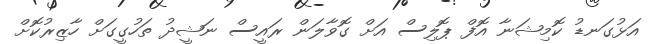
އަޅުގަނޑު ކޮމިޝަނާ އޮފް ޕޮލިސް އަށް ގޮވާލަން ރައީސް ނަޝީދު ތަހުގީގަށް ހާޒިރުކޮށް